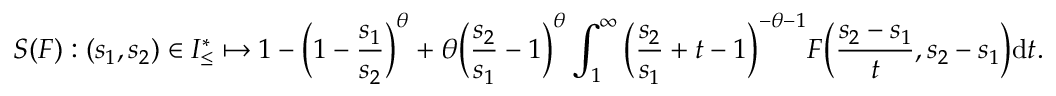
S ( F ) : ( s _ { 1 } , s _ { 2 } ) \in I _ { \leq } ^ { * } \mapsto 1 - \Big ( 1 - \frac { s _ { 1 } } { s _ { 2 } } \Big ) ^ { \theta } + \theta \Big ( \frac { s _ { 2 } } { s _ { 1 } } - 1 \Big ) ^ { \theta } \int _ { 1 } ^ { \infty } \Big ( \frac { s _ { 2 } } { s _ { 1 } } + t - 1 \Big ) ^ { - \theta - 1 } F \Big ( \frac { s _ { 2 } - s _ { 1 } } { t } , s _ { 2 } - s _ { 1 } \Big ) \mathrm { d } t .